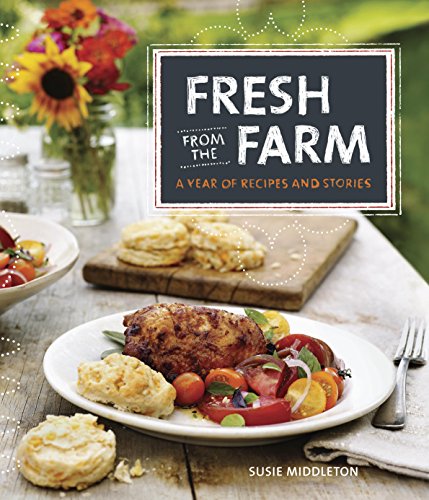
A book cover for Fresh from the Farm: A Year of Recipes and Stories; Susie Middleton; Cookbooks, Food & Wine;